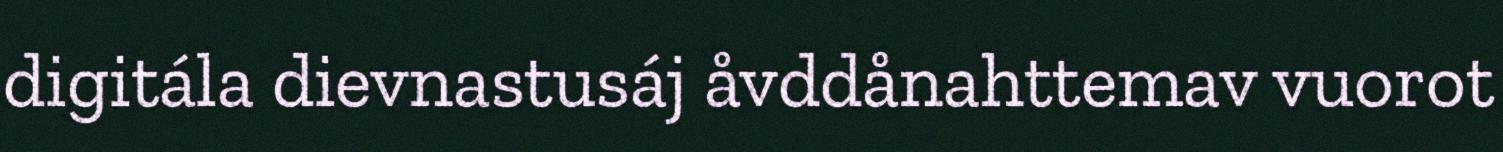
digitála dievnastusáj åvddånahttemav vuorot